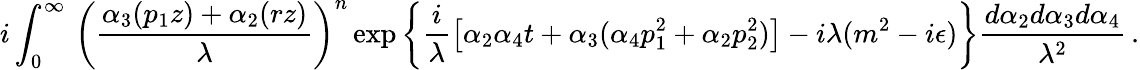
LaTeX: i\int_{0}^{\infty}\, \left(\frac{\alpha_{3}(p_{1}z)+\alpha_{2}(rz)}{\lambda}\right)^{n}\exp\left\{ \frac{i}{\lambda}\left[\alpha_{2}\alpha_{4}t+\alpha_{3}(\alpha_{4}p_{1}^{2}+\alpha_{2}p_{2}^{2})\right]-i\lambda(m^{2}-i\epsilon)\right\} \frac{d\alpha_{2}d\alpha_{3}d\alpha_{4}}{\lambda^{2}}\, .